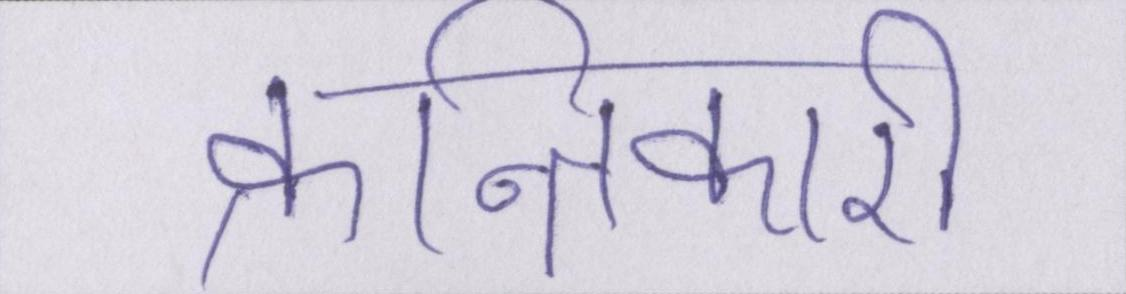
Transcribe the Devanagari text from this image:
क्रान्तिकारी